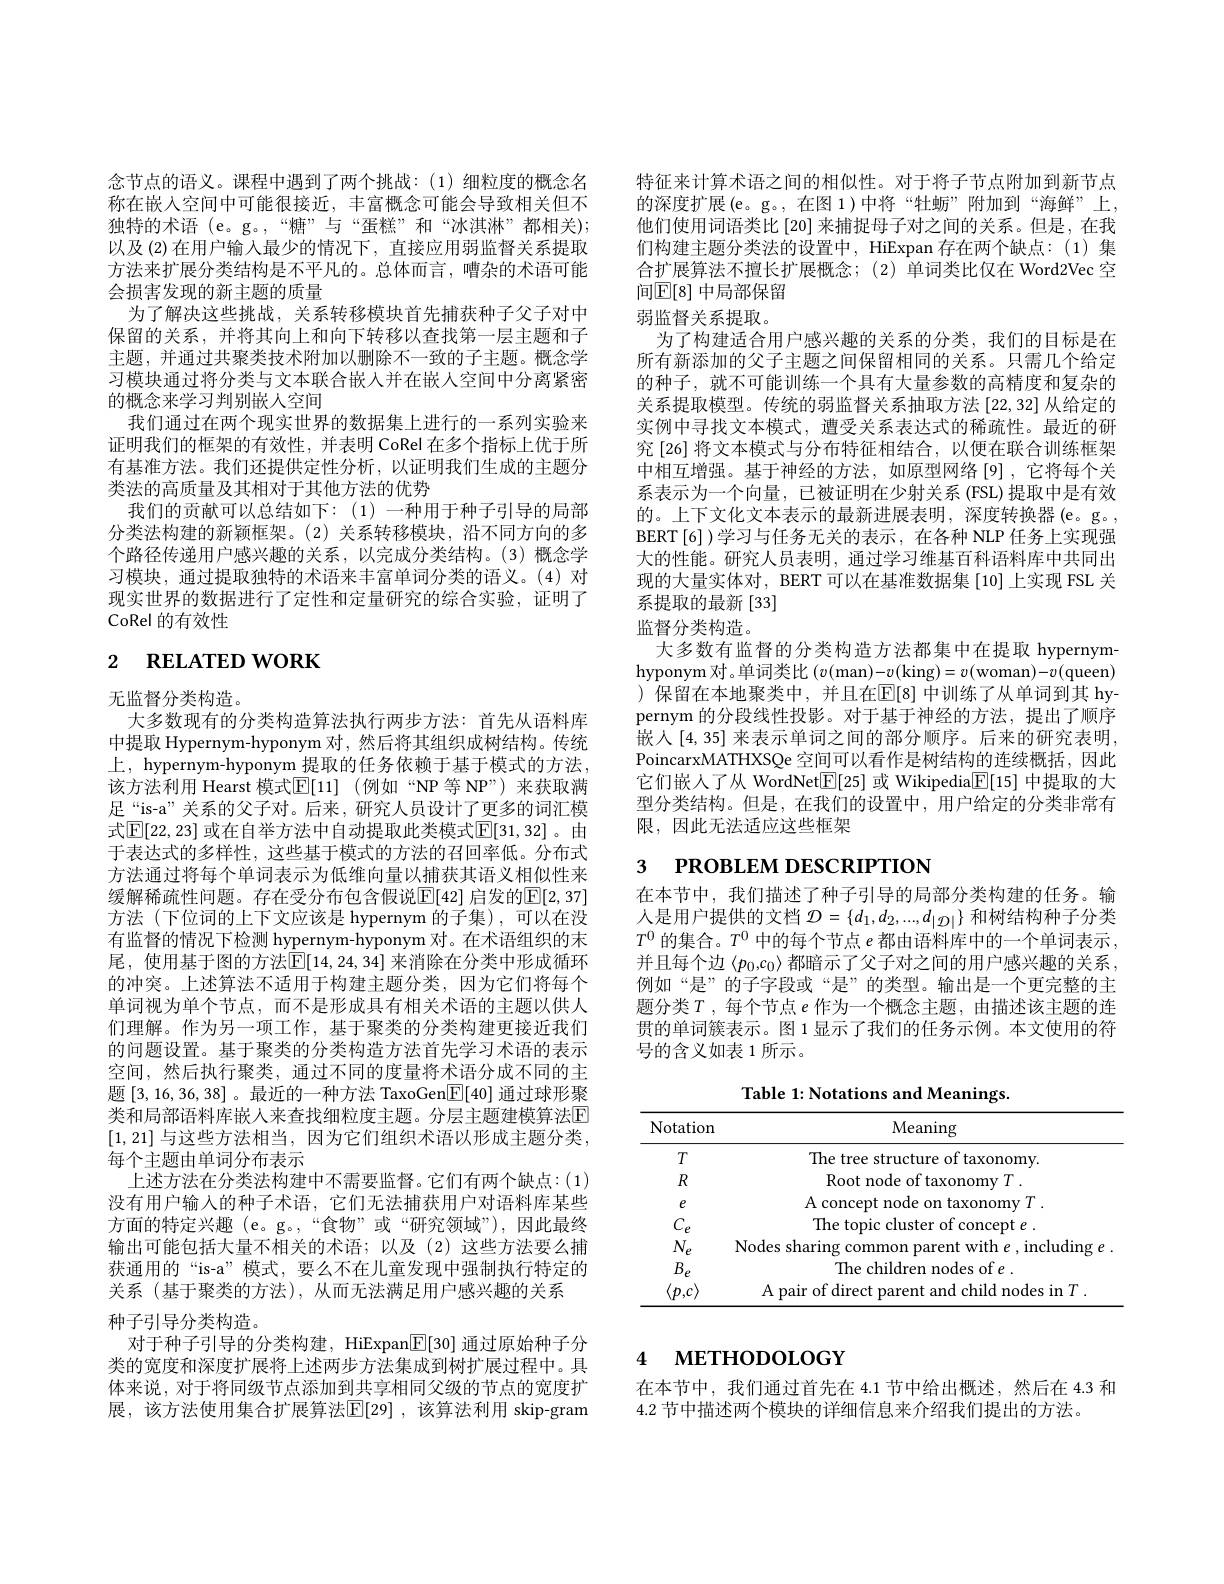
念节点的语义。课程中遇到了两个挑战：(1)细粒度的概念名称在嵌入空间中可能很接近，丰富概念可能会导致相关但不独特的术语 (e。g。,“糖”与“蛋糕”和“冰淇淋”都相关); 以及(2)在用户输入最少的情况下，直接应用弱监督关系提取方法来扩展分类结构是不平凡的。总体而言，嘈杂的术语可能会损害发现的新主题的质量
为了解决这些挑战，关系转移模块首先捕获种子父子对中保留的关系，并将其向上和向下转移以查找第一层主题和子主题，并通过共聚类技术附加以删除不一致的子主题。概念学习模块通过将分类与文本联合嵌人并在嵌人空间中分离紧密的概念来学习判别嵌人空间
我们通过在两个现实世界的数据集上进行的一系列实验来证明我们的框架的有效性，并表明 CoRel 在多个指标上优于所有基准方法。我们还提供定性分析，以证明我们生成的主题分类法的高质量及其相对于其他方法的优势
我们的贡献可以总结如下：(1)一种用于种子引导的局部分类法构建的新颖框架。(2)关系转移模块，沿不同方向的多个路径传递用户感兴趣的关系，以完成分类结构。(3)概念学习模块，通过提取独特的术语来丰富单词分类的语义。(4)对现实世界的数据进行了定性和定量研究的综合实验，证明了CoRel 的有效性

# 2 RELATED WORK

无监督分类构造。
大多数现有的分类构造算法执行两步方法：首先从语料库中提取 Hypernym-hyponym 对，然后将其组织成树结构。传统上，hypernym-hyponym 提取的任务依赖于基于模式的方法， 该方法利用 Hearst 模式$\mathbb{E}[11]$ (例如“NP 等 NP”) 来获取满足“is-a”关系的父子对。后来，研究人员设计了更多的词汇模式$\mathbb{E}[22,23]$ 或在自举方法中自动提取此类模式$\mathbb{E}[31,32]$ 。由于表达式的多样性，这些基于模式的方法的召回率低。分布式方法通过将每个单词表示为低维向量以捕获其语义相似性来缓解稀疏性问题。存在受分布包含假说$\mathbb{E}[42]$ 启发的$\mathbb{E}[2,37]$ 方法(下位词的上下文应该是 hypernym 的子集),可以在没有监督的情况下检测 hypernym-hyponym 对。在术语组织的末尾，使用基于图的方法$\boxed{\mathbb{E}}[14,24,34]$ 来消除在分类中形成循环的冲突。上述算法不适用于构建主题分类，因为它们将每个单词视为单个节点，而不是形成具有相关术语的主题以供人们理解。作为另一项工作，基于聚类的分类构建更接近我们的问题设置。基于聚类的分类构造方法首先学习术语的表示空间，然后执行聚类，通过不同的度量将术语分成不同的主题[3,16,36,38] 。最近的一种方法 TaxoGen$\boxed{\mathrm{F}}[40]$通过球形聚类和局部语料库嵌入来查找细粒度主题。分层主题建模算法$\overline{\mathrm{E}}$ [1,21] 与这些方法相当，因为它们组织术语以形成主题分类， 每个主题由单词分布表示
上述方法在分类法构建中不需要监督。它们有两个缺点：(1) 没有用户输入的种子术语，它们无法捕获用户对语料库某些方面的特定兴趣 (e。g。,“食物”或“研究领域”),因此最终输出可能包括大量不相关的术语；以及(2)这些方法要么捕获通用的“is-a”模式，要么不在儿童发现中强制执行特定的关系(基于聚类的方法),从而无法满足用户感兴趣的关系
种子引导分类构造。
对于种子引导的分类构建，HiExpan$\underline{\mathbb{F}}[30]$通过原始种子分类的宽度和深度扩展将上述两步方法集成到树扩展过程中。具体来说，对于将同级节点添加到共享相同父级的节点的宽度扩展，该方法使用集合扩展算法$\operatorname{E}[29]$ ,该算法利用 skip-gram

特征来计算术语之间的相似性。对于将子节点附加到新节点的深度扩展(e。g。,在图 1)中将“牡蛎”附加到“海鲜”上， 他们使用词语类比[20] 来捕捉母子对之间的关系。但是，在我们构建主题分类法的设置中，HiExpan 存在两个缺点：(1)集合扩展算法不擅长扩展概念；(2)单词类比仅在 Word2Vec 空间$\mathbb{E}[8]$ 中局部保留
弱监督关系提取。
为了构建适合用户感兴趣的关系的分类，我们的目标是在所有新添加的父子主题之间保留相同的关系。只需几个给定的种子，就不可能训练一个具有大量参数的高精度和复杂的关系提取模型。传统的弱监督关系抽取方法[22,32]从给定的实例中寻找文本模式，遭受关系表达式的稀疏性。最近的研究[26] 将文本模式与分布特征相结合，以便在联合训练框架中相互增强。基于神经的方法，如原型网络[9],它将每个关系表示为一个向量，已被证明在少射关系(FSL)提取中是有效的。上下文化文本表示的最新进展表明，深度转换器(e。g。, BERT[6] )学习与任务无关的表示，在各种 NLP 任务上实现强大的性能。研究人员表明，通过学习维基百科语料库中共同出现的大量实体对，BERT 可以在基准数据集[10]上实现 FSL 关系提取的最新[33]
监督分类构造。
大多数有监督的分类构造方法都集中在提取 hypernymhyponym 对。单词类比$(v($man$)-v($king$)=v($woman$)-v($queen) )保留在本地聚类中，并且在$\mathbb{E}[8]$ 中训练了从单词到其 hypernym 的分段线性投影。对于基于神经的方法，提出了顺序嵌人[4,35] 来表示单词之间的部分顺序。后来的研究表明PoincarxMATHXSQe 空间可以看作是树结构的连续概括，因此它们嵌人了从 WordNet$\boxed{\mathbb{E}}[25]$或 Wikipedia$\boxed{\mathbb{E}}[15]$中提取的大型分类结构。但是，在我们的设置中，用户给定的分类非常有限，因此无法适应这些框架

# 3 РROВLEM DESCRIPTION

在本节中，我们描述了种子引导的局部分类构建的任务。输人是用户提供的文档$\mathcal{D}=\{d_1,d_2,...,d_{|\mathcal{D}|}\}$和树结构种子分类$T^0$的集合。$T^0$中的每个节点$e$都由语料库中的一个单词表示并且每个边$\langle p_0,c_0\rangle$都暗示了父子对之间的用户感兴趣的关系， 例如“是”的子字段或“是”的类型。输出是一个更完整的主题分类$T$,每个节点 $e$ 作为一个概念主题，由描述该主题的连贯的单词簇表示。图 1 显示了我们的任务示例。本文使用的符号的含义如表 1 所示。

Table 1: Notations and Meanings.

<table>
	<tbody>
		<tr>
			<th>Notation</th>
			<th>Meaning</th>
		</tr>
		<tr>
			<td>$T$</td>
			<td>The tree structure of taxonomy.</td>
		</tr>
		<tr>
			<td>$R$</td>
			<td>Root nod</td>
		</tr>
		<tr>
			<td>$e$</td>
			<td> </td>
		</tr>
		<tr>
			<td>$C_{\mathrm{L}}$ $-e$</td>
			<td>Thetor</td>
		</tr>
		<tr>
			<td>$N_{e}$</td>
			<td>NMAC</td>
		</tr>
		<tr>
			<td>$B_{e}$</td>
			<td>The childrem</td>
		</tr>
		<tr>
			<td>$\langle p,c\rangle$</td>
			<td>: in I</td>
		</tr>
	</tbody>
</table>

# 4 мЕТНОDOLOGY

在本节中，我们通过首先在 4.1 节中给出概述，然后在 4.3 和
4.2节中描述两个模块的详细信息来介绍我们提出的方法。